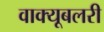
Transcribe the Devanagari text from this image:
वाक्यूबलरी